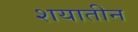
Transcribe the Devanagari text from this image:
शयातीन